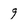
Character: 9